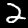
Digit: 2